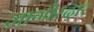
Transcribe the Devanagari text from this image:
ज़ागीरदार